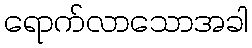
ရောက်လာသောအခါ